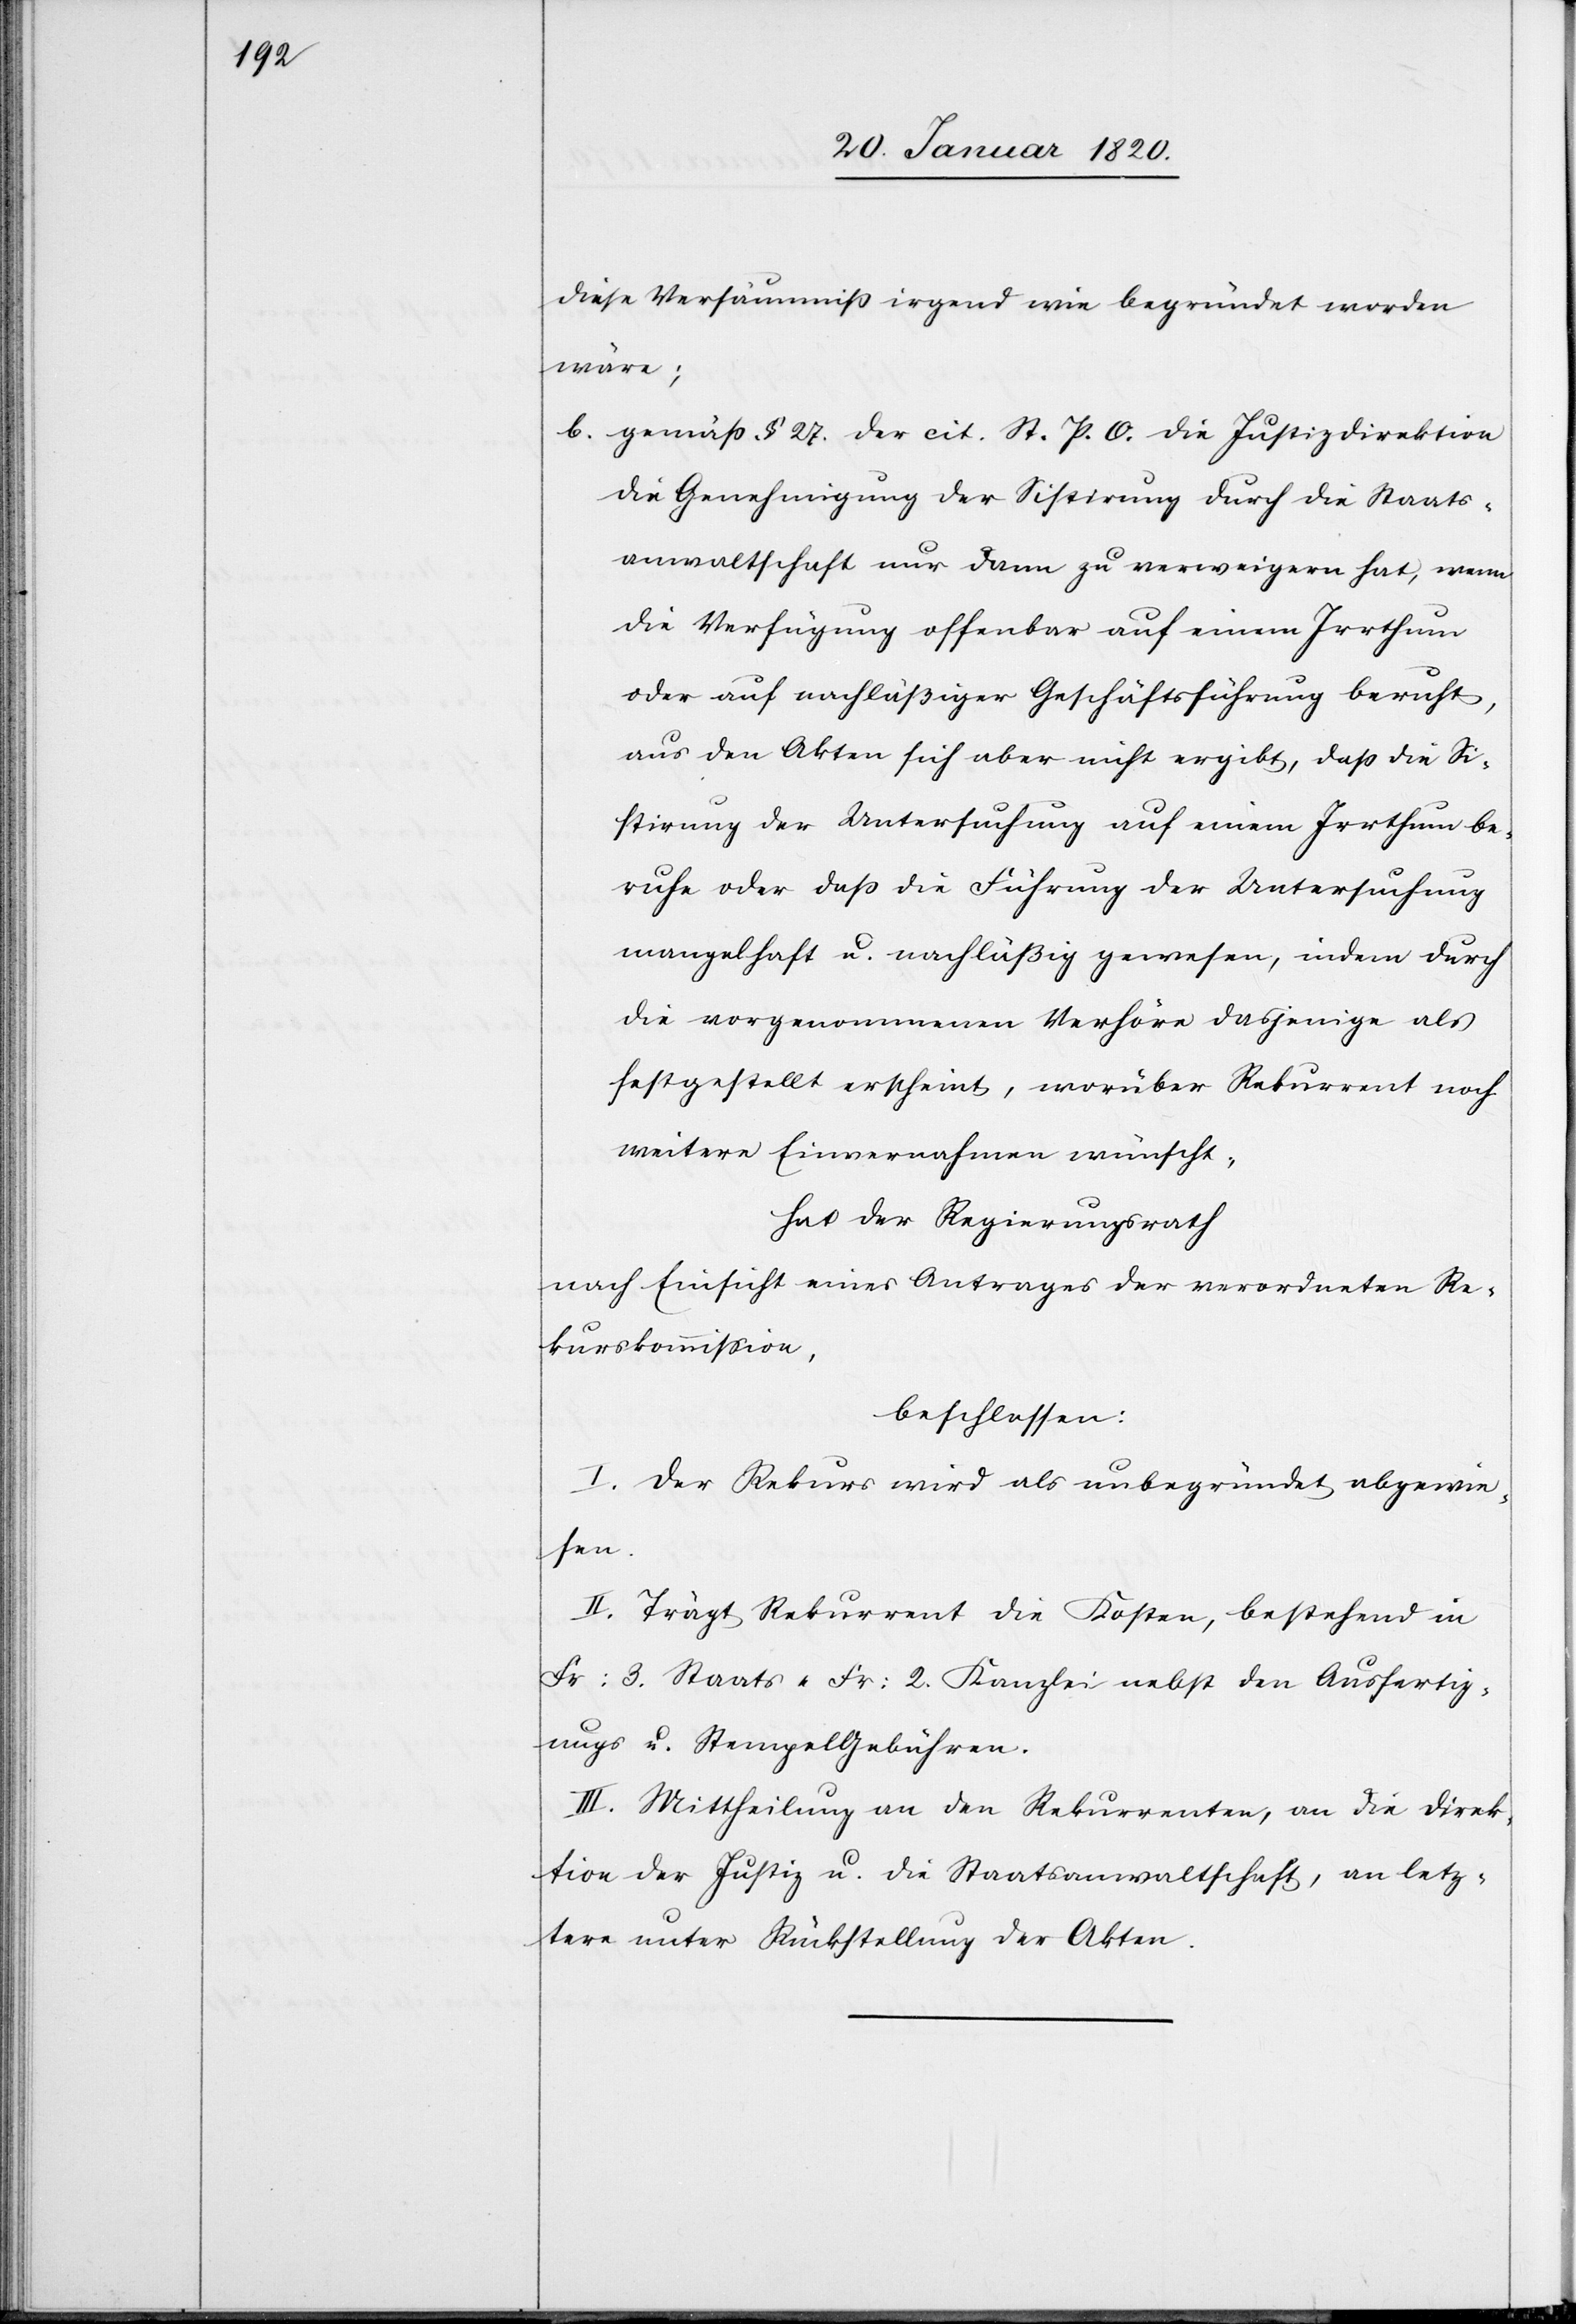
diese Versäumniß irgend wie begründet worden
wäre;
b) gemäß § 27. der cit. St. P. O. die Justizdirektion
die Genehmigung der Sistirung durch die Staats¬
anwaltschaft nur dann zu verweigern hat, wenn
die Verfügung offenbar auf einem Irrthum
oder auf nachläßiger Geschäftsführung beruht,
aus den Akten sich aber nicht ergibt, daß die Si¬
stirung der Untersuchung auf einem Irrthum be¬
ruhe oder daß die Führung der Untersuchung
mangelhaft u. nachläßig gewesen, indem durch
die vorgenommenen Verhöre dasjenige als
festgestellt erscheint, worüber Rekurrent noch
weitere Einvernahmen wünscht,
hat der Regierungsrath
nach Einsicht eines Antrages der verordneten Re¬
kurskommission,
beschlossen:
I. Der Rekurs wird als unbegründet abgewie¬
sen.
II. Trägt Rekurrent die Kosten, bestehend in
Fr: 3 Staats-[,] Fr: 2 Kanzlei- nebst den Ausfertig¬
ungs[-] u. Stempelgebühren.
III. Mittheilung an den Rekurrenten, an die Direk¬
tion der Justiz u. die Staatsanwaltschaft, an letz¬
tere unter Rückstellung der Akten.